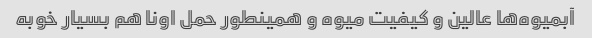
آبمیوه‌ها عالین و کیفیت میوه و همینطور حمل اونا هم بسیار خوبه